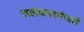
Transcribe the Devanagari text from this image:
अलंकारमंजरी